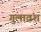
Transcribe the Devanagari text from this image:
गुलावंश